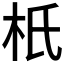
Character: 𣏚